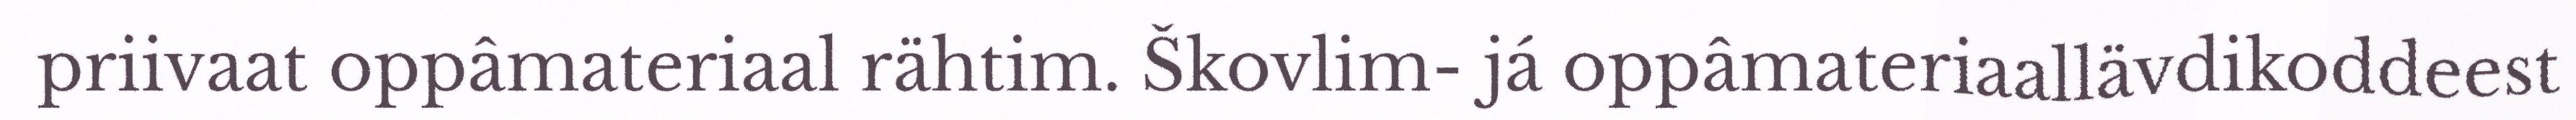
priivaat oppâmateriaal rähtim. Škovlim- já oppâmateriaallävdikoddeest